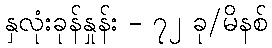
နှလုံးခုန်နှုန်း - ၇၂ ခု/မိနစ်